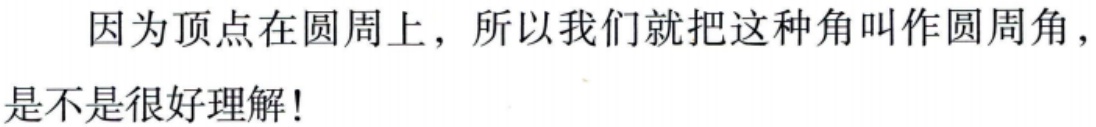
因为顶点在圆周上，所以我们就把这种角叫作圆周角，是不是很好理解!